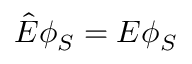
\hat { E } \phi _ { S } = E \phi _ { S }